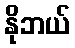
နိုဘယ်